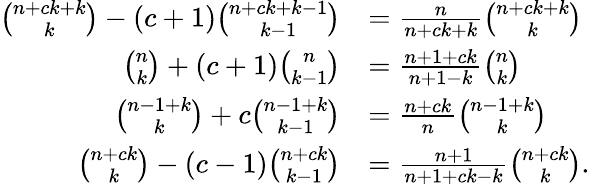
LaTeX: {\begin{array}{rl}{{\binom{n+ck+k}{k}}-(c+1){\binom{n+ck+k-1}{k-1}}}&{={\frac{n}{n+ck+k}}{\binom{n+ck+k}{k}}}\\ {{\binom{n}{k}}+(c+1){\binom{n}{k-1}}}&{={\frac{n+1+ck}{n+1-k}}{\binom{n}{k}}}\\ {{\binom{n-1+k}{k}}+c{\binom{n-1+k}{k-1}}}&{={\frac{n+ck}{n}}{\binom{n-1+k}{k}}}\\ {{\binom{n+ck}{k}}-(c-1){\binom{n+ck}{k-1}}}&{={\frac{n+1}{n+1+ck-k}}{\binom{n+ck}{k}}.}\end{array}}